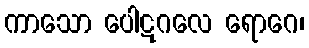
ကာသော ပေါဋဂလေ ရောဂေ၊